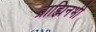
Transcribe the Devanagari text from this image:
ब्राह्मिनभी